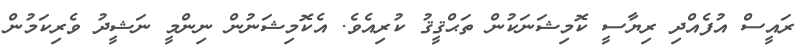
ރައީސް އުފެއްދި ރިޔާސީ ކޮމިޝަނަކުން ތަޙްޤީޤު ކުރިއެވެ. އެކޮމިޝަނުން ނިންމީ ނަޝީދު ވެރިކަމުން